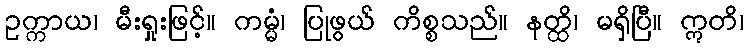
ဥက္ကာယ၊ မီးရှုးဖြင့်။ ကမ္မံ၊ ပြုဖွယ် ကိစ္စသည်။ နတ္ထိ၊ မရှိပြီ။ ဣတိ၊